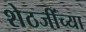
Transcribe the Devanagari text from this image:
शेठजींच्या